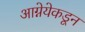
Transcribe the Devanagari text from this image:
आग्नेयेकडून